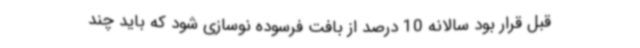
قبل قرار بود سالانه 10 درصد از بافت فرسوده نوسازی شود که باید چند